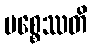
ပစ္စေဿတိ